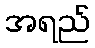
အရည်